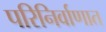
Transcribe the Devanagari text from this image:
परिनिर्वाणात